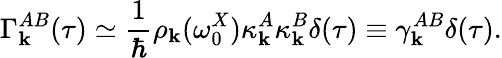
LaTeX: \Gamma_{\mathbf k}^{AB}(\tau)\simeq\frac{1}{\hbar}\rho_{\mathbf k}(\omega_{0}^{X})\kappa_{\mathbf k}^{A}\kappa_{\mathbf k}^{B}\delta(\tau)\equiv\gamma_{\mathbf k}^{AB}\delta(\tau).